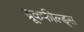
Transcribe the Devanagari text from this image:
ब्रूकफील्ड्स